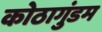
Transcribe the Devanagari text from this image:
कोठागुंडम